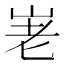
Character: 𡶰